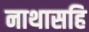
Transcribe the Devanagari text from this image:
नाथासहि